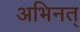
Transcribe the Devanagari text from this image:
अभिनत्